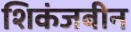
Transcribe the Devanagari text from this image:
शिकंजबीन